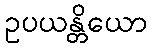
ဥပယန္တိယော